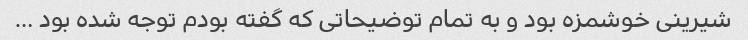
شیرینی خوشمزه بود و به تمام توضیحاتی که گفته بودم توجه شده بود …